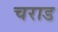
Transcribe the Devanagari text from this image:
चराड